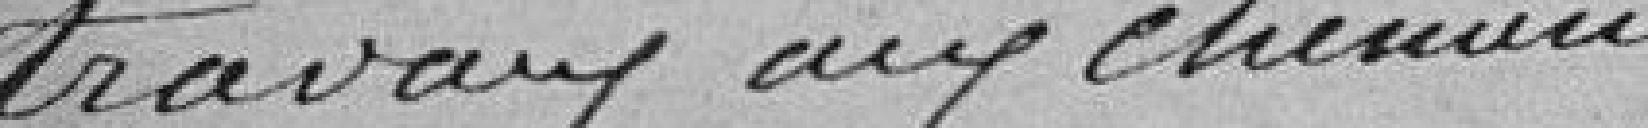
travaux aux chemins